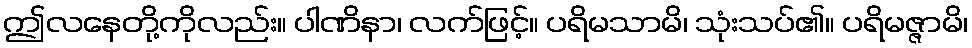
ဤလနေတို့ကိုလည်း။ ပါဏိနာ၊ လက်ဖြင့်။ ပရိမသာမိ၊ သုံးသပ်၏။ ပရိမဇ္ဇာမိ၊